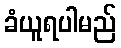
ခံယူရပါမည်